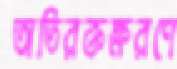
অতিরক্তক্ষরণে